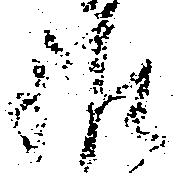
誰